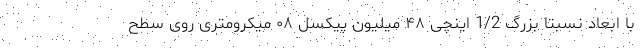
با ابعاد نسبتا بزرگ 1/2 اینچی ۴۸ میلیون پیکسل ۰۸ میکرومتری روی سطح